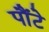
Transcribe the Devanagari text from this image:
पौंटे